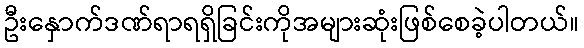
ဦးနှောက်ဒဏ်ရာရရှိခြင်းကိုအများဆုံးဖြစ်စေခဲ့ပါတယ်။